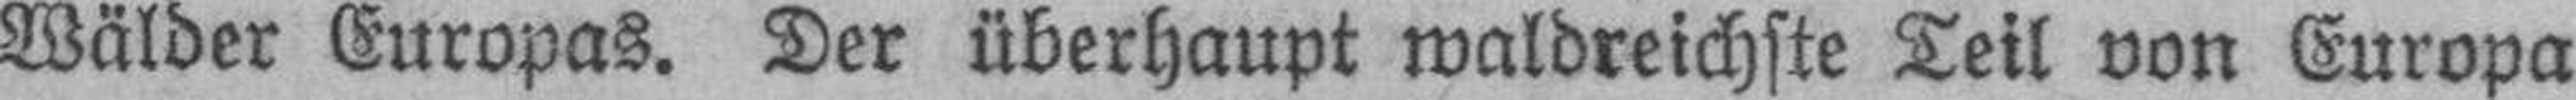
Wälder Europas. Der überhaupt waldreichste Teil von Europa